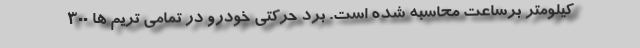
کیلومتر برساعت محاسبه شده است. برد حرکتی خودرو در تمامی تریم ها 300